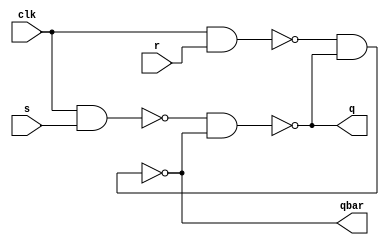
module srff(q, qbar, s, r, clk);

input s,r,clk; 
output q, qbar;
wire nand1_out; 
wire nand2_out; 
nand (nand1_out,clk,s); 
nand (nand2_out,clk,r); 
nand (q,nand1_out,qbar);
nand (qbar,nand2_out,q);

  
  
  
  
endmodule